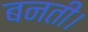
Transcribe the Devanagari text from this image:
बनतीं।